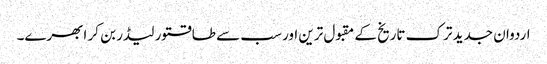
اردوان جدید ترک تاریخ کے مقبول ترین اور سب سے طاقتور لیڈر بن کر ابھرے۔